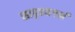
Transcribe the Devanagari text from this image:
सादृश्यगर्भ